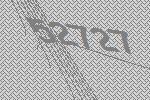
52727